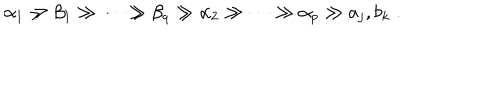
LaTeX: \alpha _ { 1 } \gg \beta _ { 1 } \gg \cdots \gg \beta _ { q } \gg \alpha _ { 2 } \gg \cdots \gg \alpha _ { p } \gg a _ { j } , b _ { k } \; .